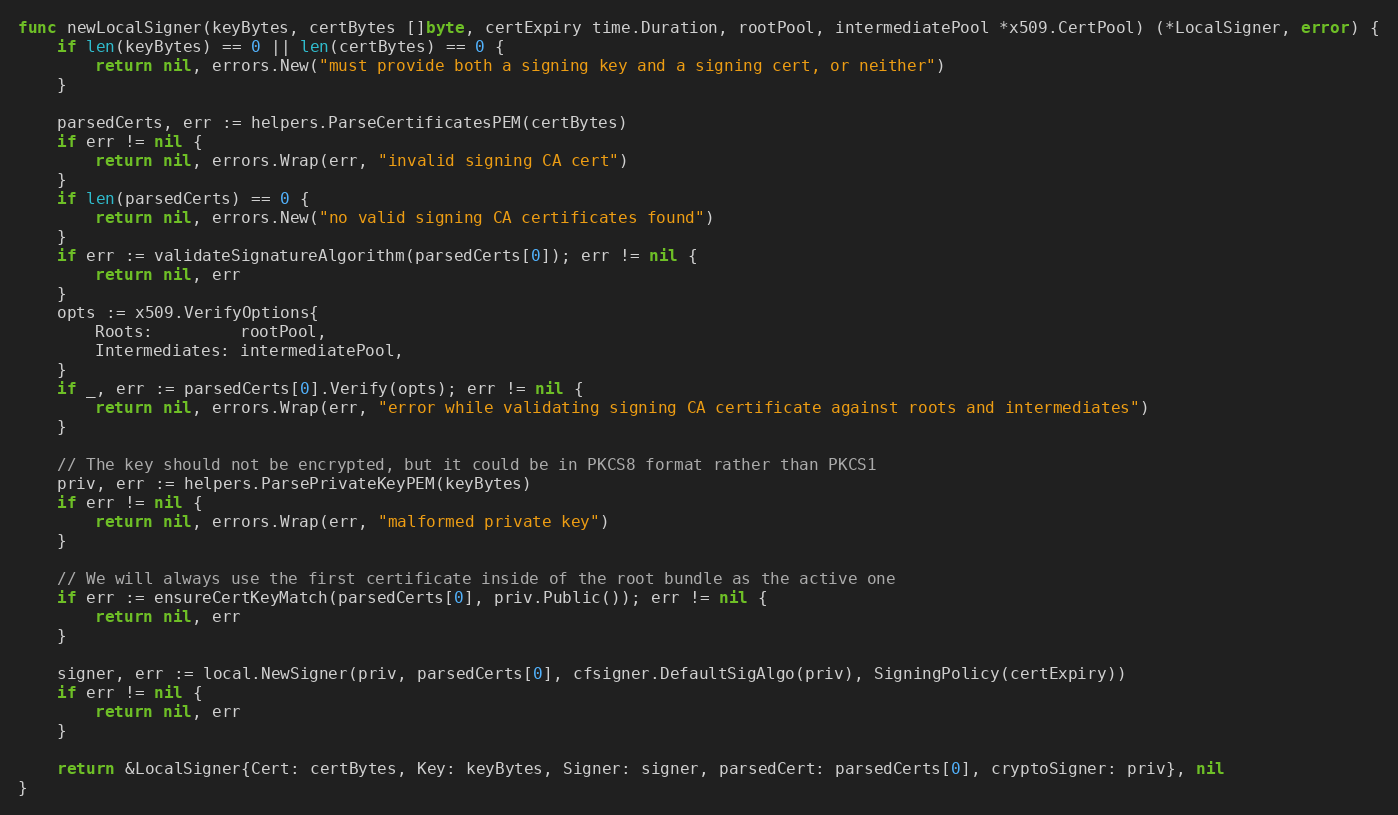
Language: Go
func newLocalSigner(keyBytes, certBytes []byte, certExpiry time.Duration, rootPool, intermediatePool *x509.CertPool) (*LocalSigner, error) {
	if len(keyBytes) == 0 || len(certBytes) == 0 {
		return nil, errors.New("must provide both a signing key and a signing cert, or neither")
	}

	parsedCerts, err := helpers.ParseCertificatesPEM(certBytes)
	if err != nil {
		return nil, errors.Wrap(err, "invalid signing CA cert")
	}
	if len(parsedCerts) == 0 {
		return nil, errors.New("no valid signing CA certificates found")
	}
	if err := validateSignatureAlgorithm(parsedCerts[0]); err != nil {
		return nil, err
	}
	opts := x509.VerifyOptions{
		Roots:         rootPool,
		Intermediates: intermediatePool,
	}
	if _, err := parsedCerts[0].Verify(opts); err != nil {
		return nil, errors.Wrap(err, "error while validating signing CA certificate against roots and intermediates")
	}

	// The key should not be encrypted, but it could be in PKCS8 format rather than PKCS1
	priv, err := helpers.ParsePrivateKeyPEM(keyBytes)
	if err != nil {
		return nil, errors.Wrap(err, "malformed private key")
	}

	// We will always use the first certificate inside of the root bundle as the active one
	if err := ensureCertKeyMatch(parsedCerts[0], priv.Public()); err != nil {
		return nil, err
	}

	signer, err := local.NewSigner(priv, parsedCerts[0], cfsigner.DefaultSigAlgo(priv), SigningPolicy(certExpiry))
	if err != nil {
		return nil, err
	}

	return &LocalSigner{Cert: certBytes, Key: keyBytes, Signer: signer, parsedCert: parsedCerts[0], cryptoSigner: priv}, nil
}